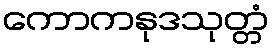
ကောကနုဒသုတ္တံ